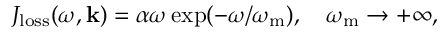
\begin{array} { r } { J _ { \mathrm { l o s s } } ( \omega , \mathbf { k } ) = \alpha \omega \exp ( - \omega / \omega _ { \mathrm { m } } ) , ~ ~ ~ \omega _ { \mathrm { m } } \rightarrow + \infty , } \end{array}